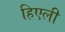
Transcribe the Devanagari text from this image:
हिएली